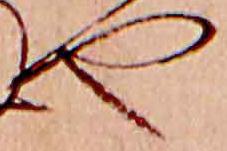
や